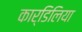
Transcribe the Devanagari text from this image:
कार्डिलिया